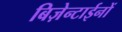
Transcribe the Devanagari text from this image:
बिज़ेन्टाईनों